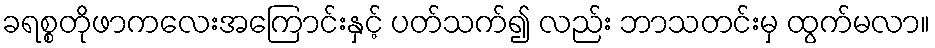
ခရစ္စတိုဖာကလေးအကြောင်းနှင့် ပတ်သက်၍ လည်း ဘာသတင်းမှ ထွက်မလာ။